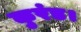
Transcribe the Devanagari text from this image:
कुरंड।